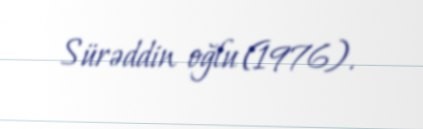
Sürəddin oğlu (1976).